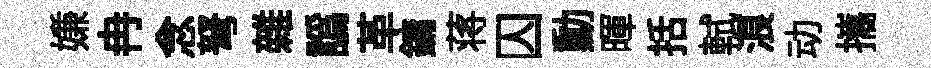
嫌冉念弩雜譌革鏞蒋囚勳暉括軾浪动攜